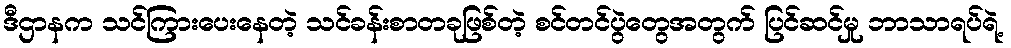
ဒီဌာနက သင်ကြားပေးနေတဲ့ သင်ခန်းစာတခုဖြစ်တဲ့ စင်တင်ပွဲတွေအတွက် ပြင်ဆင်မှု ဘာသာရပ်ရဲ့